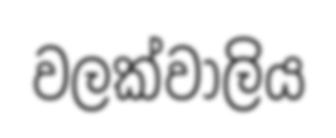
වලක්වාලිය